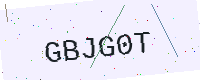
Text: GBJG0T